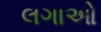
લગાઓ